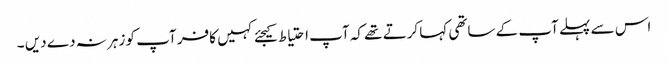
اس سے پہلے آپ کے ساتھی کہا کرتے تھے کہ آپ احتیاط کیجئے کہیں کافر آپ کو زہر نہ دے دیں ۔